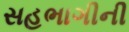
સહભાગીની